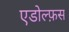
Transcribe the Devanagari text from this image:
एडोल्फ़स